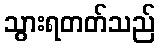
သွားရတတ်သည်